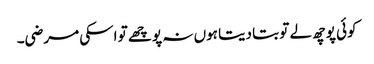
کوئی پوچھ لے تو بتا دیتا ہوں نہ پوچھے تو اسکی مرضی۔